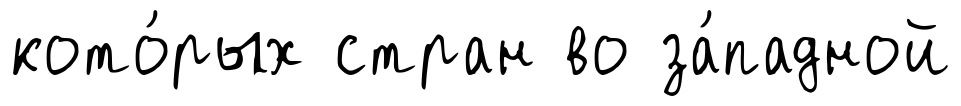
кото́рых стран во за́падной